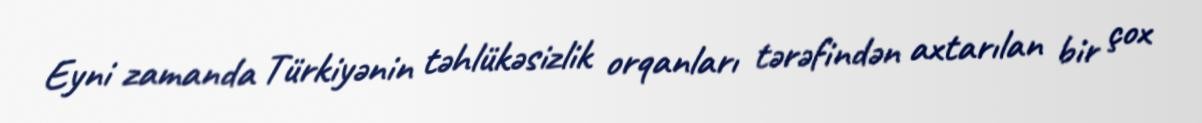
Eyni zamanda Türkiyənin təhlükəsizlik orqanları tərəfindən axtarılan bir çox